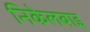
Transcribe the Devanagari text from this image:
निकेलबाइ